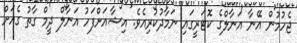
ޖެހުމުން އޭނާ އަނާލްގެ ކޮޓަރީގައި ނަމާދުކުރިއެވެ. އިޝާއަށްފަހު އަނާލް ދީމް ގާތު ގެއަށް